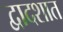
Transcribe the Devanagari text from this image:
द्वादशात